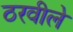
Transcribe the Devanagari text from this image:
ठरवीले